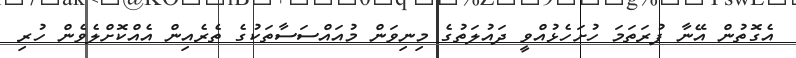
އެގޮތުން އޭނާ ފުރަތަމަ ހުށަހެޅުއްވީ ދައުލަތުގެ މިނިވަން މުއައްސަސާތަކުގެ ތެރެއިން އެއްކޮށްލެވެން ހުރި